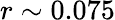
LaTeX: r\sim 0.075